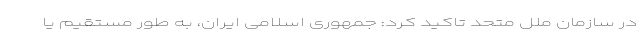
در سازمان ملل متحد تاکید کرد: جمهوری اسلامی ایران، به طور مستقیم یا